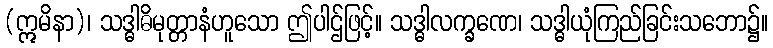
(ဣမိနာ)၊ သဒ္ဓါဓိမုတ္တာနံဟူသော ဤပါဌ်ဖြင့်။ သဒ္ဓါလက္ခဏေ၊ သဒ္ဓါယုံကြည်ခြင်းသဘော၌။